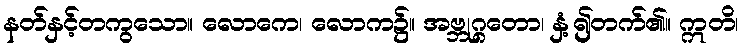
နတ်နှင့်တကွသော။ လောကေ၊ လောက၌။ အဗ္ဘုဂ္ဂတော၊ နှံ့၍တက်၏။ ဣတိ၊